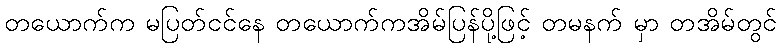
တယောက်က မပြတ်ငင်နေ တယောက်ကအိမ်ပြန်ပို့ဖြင့် တမနက် မှာ တအိမ်တွင်